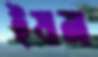
ইষানা